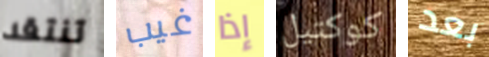
تنتقد غيب إذا كوكتيل بعد